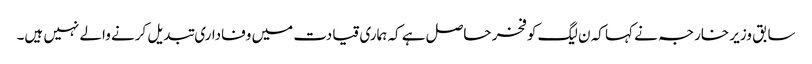
سابق وزیر خارجہ نے کہا کہ ن لیگ کو فخر حاصل ہے کہ ہماری قیادت میں وفاداری تبدیل کرنے والے نہیں ہیں۔